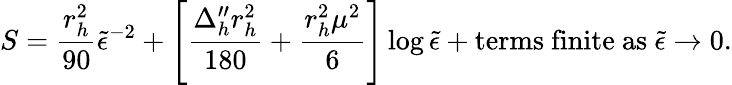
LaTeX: S=\frac{r_{h}^{2}}{90}{\tilde{\epsilon}}^{-2}+\left[\frac{\Delta_{h}^{\prime\prime}r_{h}^{2}}{180}+\frac{r_{h}^{2}\mu^{2}}{6}\right]\log{\tilde{\epsilon}}+{\mathrm{terms~finite~as~}}{\tilde{\epsilon}}\rightarrow 0.